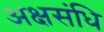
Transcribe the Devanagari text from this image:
अक्षसंधि